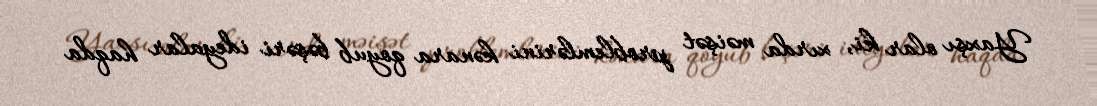
Yaxşı olar ki, xırda məişət problemlərini kənara qoyub bəşəri ideyalar haqda